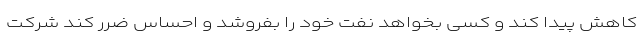
کاهش پیدا کند و کسی بخواهد نفت خود را بفروشد و احساس ضرر کند شرکت